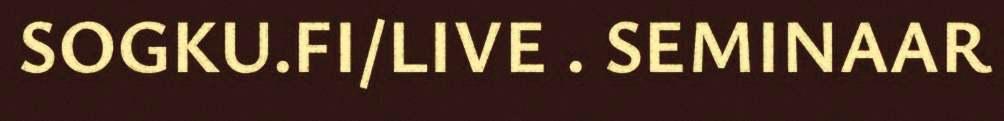
SOGKU.FI/LIVE . SEMINAAR